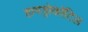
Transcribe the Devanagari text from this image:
हायड्रोकॉटिल